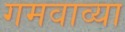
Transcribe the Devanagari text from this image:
गमवाव्या